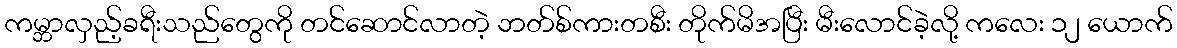
ကမ္ဘာလှည့်ခရီးသည်တွေကို တင်ဆောင်လာတဲ့ ဘတ်စ်ကားတစီး တိုက်မိအပြီး မီးလောင်ခဲ့လို့ ကလေး ၁၂ ယောက်